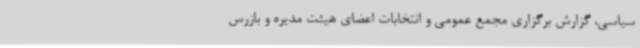
سیاسی، گزارش برگزاری مجمع عمومی و انتخابات اعضای هیئت مدیره و بازرس